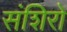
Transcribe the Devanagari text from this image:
संशिरो